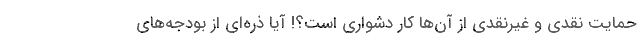
حمایت نقدی و غیرنقدی از آن‌ها کار دشواری است؟! آیا ذره‌ای از بودجه‌های